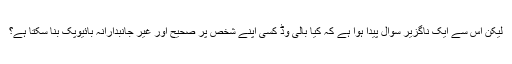
لیکن اس سے ایک ناگزیر سوال پیدا ہوا ہے کہ کیا بالی وڈ کسی اپنے شخص پر صحیح اور غیر جانبدارانہ بائیوپک بنا سکتا ہے؟